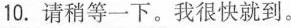
10.请稍等一下。我很快就到。